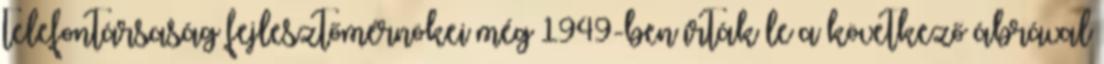
telefontársaság fejlesztőmérnökei még 1949-ben írták le a következő ábrával